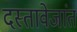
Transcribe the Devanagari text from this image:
दस्तावेजांत